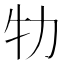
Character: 牞